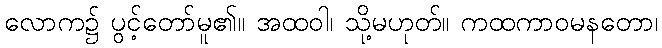
လောက၌ ပွင့်တော်မူ၏။ အထဝါ၊ သို့မဟုတ်။ ကထကာဝမနတော၊